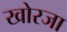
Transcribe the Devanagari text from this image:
खोरजा